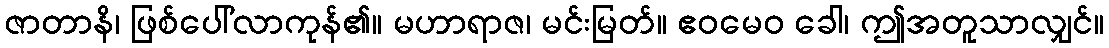
ဇာတာနိ၊ ဖြစ်ပေါ်လာကုန်၏။ မဟာရာဇ၊ မင်းမြတ်။ ဧဝမေဝ ခေါ၊ ဤအတူသာလျှင်။